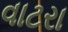
વાટરા